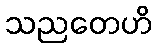
သညတေဟိ